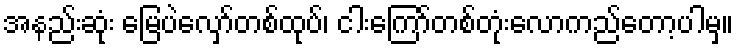
အနည်းဆုံး မြေပဲလှော်တစ်ထုပ်၊ ငါးကြော်တစ်တုံးလောကည်တော့ပါမှ။